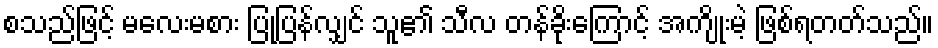
စသည်ဖြင့် မလေးမစား ပြုပြန်လျှင် သူ၏ သီလ တန်ခိုးကြောင့် အကျိုးမဲ့ ဖြစ်ရတတ်သည်။